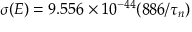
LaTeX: { \sigma } ( E ) = 9 . 5 5 6 \times 1 0 ^ { - 4 4 } ( 8 8 6 / { \tau } _ { n } )